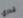
قدري